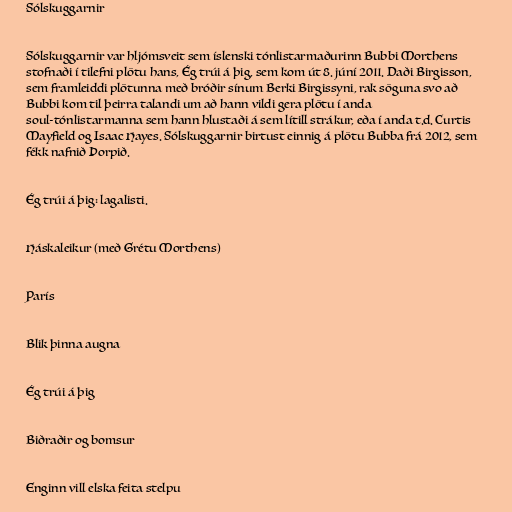
Sólskuggarnir

Sólskuggarnir var hljómsveit sem íslenski tónlistarmaðurinn Bubbi Morthens
stofnaði í tilefni plötu hans, Ég trúi á þig, sem kom út 8. júní 2011. Daði Birgisson,
sem framleiddi plötunna með bróðir sínum Berki Birgissyni, rak söguna svo að
Bubbi kom til þeirra talandi um að hann vildi gera plötu í anda
soul-tónlistarmanna sem hann hlustaði á sem lítill strákur, eða í anda t.d. Curtis
Mayfield og Isaac Hayes. Sólskuggarnir birtust einnig á plötu Bubba frá 2012, sem
fékk nafnið Þorpið.

Ég trúi á þig: lagalisti.

Háskaleikur (með Grétu Morthens)

París

Blik þinna augna

Ég trúi á þig

Biðraðir og bomsur

Enginn vill elska feita stelpu